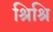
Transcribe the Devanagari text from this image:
श्रिश्रि